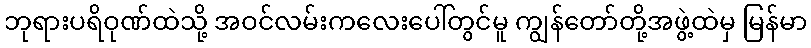
ဘုရားပရိဝုဏ်ထဲသို့ အဝင်လမ်းကလေးပေါ်တွင်မူ ကျွန်တော်တို့အဖွဲ့ထဲမှ မြန်မာ